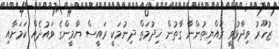
ޒުހޫރު ވިދާޅުވީ ރައްޔިތުންނާ ގާތުން ޚިދުމަތް ދިނުމަކީ ރައީސް ޔާމީންގެ ވައުދެއް ކަމަށާއި